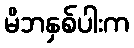
မိဘနှစ်ပါးက